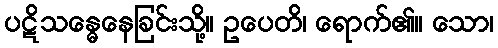
ပဋိသန္ဓေနေခြင်းသို့။ ဥပေတိ၊ ရောက်၏။ သော၊